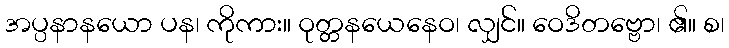
အပ္ပနာနယော ပန၊ ကိုကား။ ဝုတ္တနယေနေဝ၊ လျှင်။ ဝေဒိတဗ္ဗော၊ ၏။ စ၊